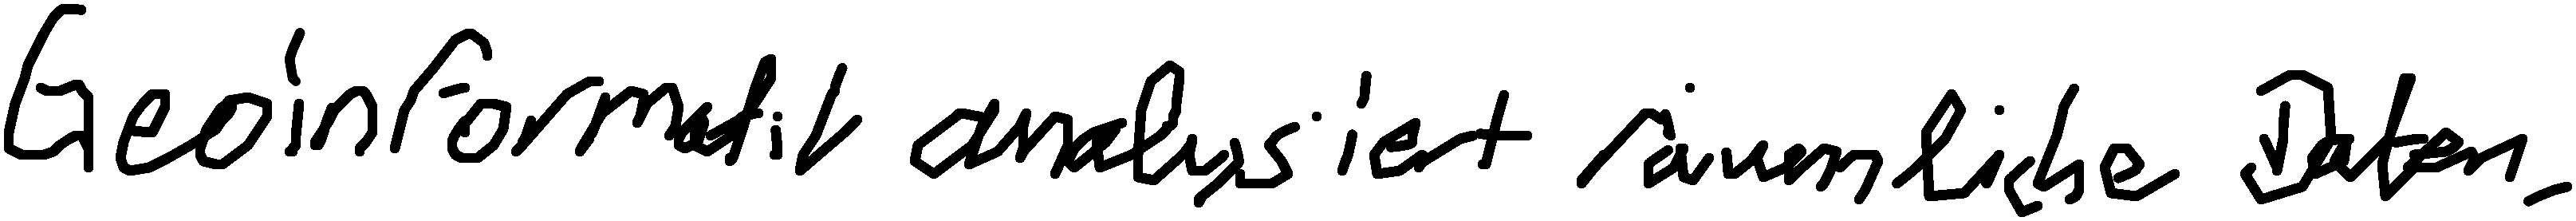
Geoinformatik analysiert räumliche Daten.